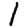
Digit: 1